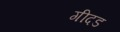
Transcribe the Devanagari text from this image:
गीदड